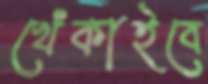
খেঁকাইবে